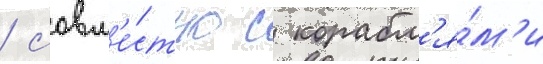
/ совм'е́стно с корабл'я́м'и